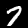
Label: 7